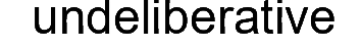
undeliberative